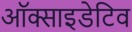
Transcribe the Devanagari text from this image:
ऑक्साइडेटिव